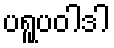
ပရူပဝါဒါ